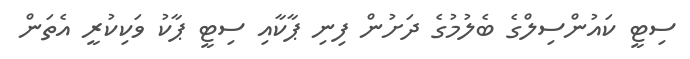
ސިޓީ ކައުންސިލްގެ ބެލުމުގެ ދަށުން ފިނި ޕާކާއި ސިޓީ ޕާކު ވަކިކުރީ އެތަން